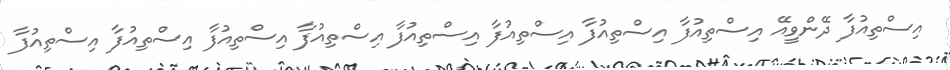
އިސްތިއުފާ ދޭންވީއޭ އިސްތިއުފާ އިސްތިއުފާ އިސްތިއުފާ އިސްތިއުފާ އިސްތިއުފާ އިސްތިއުފާ އިސްތިއުފާ އިސްތިއުފާ